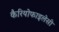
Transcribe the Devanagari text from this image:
कैरियोफाइलेसी